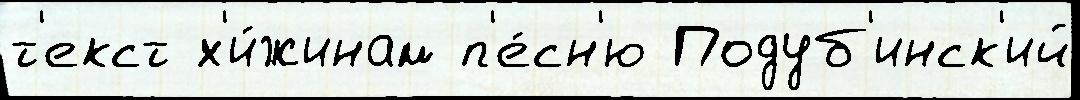
т'екст х'и́жинам п'е́сн'ю Подуб'инск'ий